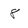
Character: 8